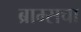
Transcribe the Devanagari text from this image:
ब्राम्सचा